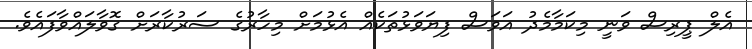
އެލް ޕީރިސް ވަނީ މިކަމާމެދު އަވަސް ފިޔަވަޅުތަކެއް އެޅުމަށް މިހާރުގެ ސަރުކާރަށް ގޮވާލައްވާފައެވެ.